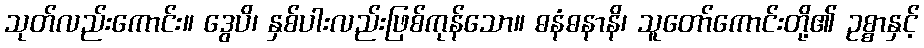
သုတ်လည်းကောင်း။ ဒွေပိ၊ နှစ်ပါးလည်းဖြစ်ကုန်သော။ ဓနံဓနာနိ၊ သူတော်ကောင်းတို့၏ ဥစ္စာနှင့်